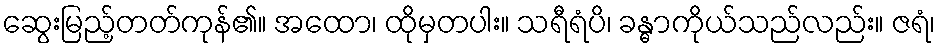
ဆွေးမြည့်တတ်ကုန်၏။ အထော၊ ထိုမှတပါး။ သရီရံပိ၊ ခန္ဓာကိုယ်သည်လည်း။ ဇရံ၊